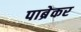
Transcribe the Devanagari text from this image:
पाब्रेकर